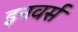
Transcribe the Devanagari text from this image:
इनवर्स